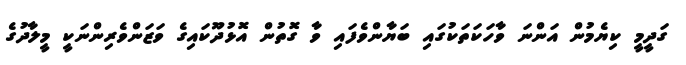
ގަދީމީ ކިޔެމުން އަންނަ ވާހަކަތަކުގައި ބަޔާންވެފައި ވާ ގޮތުން އޮޅުދޫކައިގެ ވަޒަންވެރިންނަކީ މީލާދުގެ